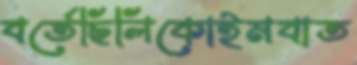
বর্তেছিলিকোইমবাত